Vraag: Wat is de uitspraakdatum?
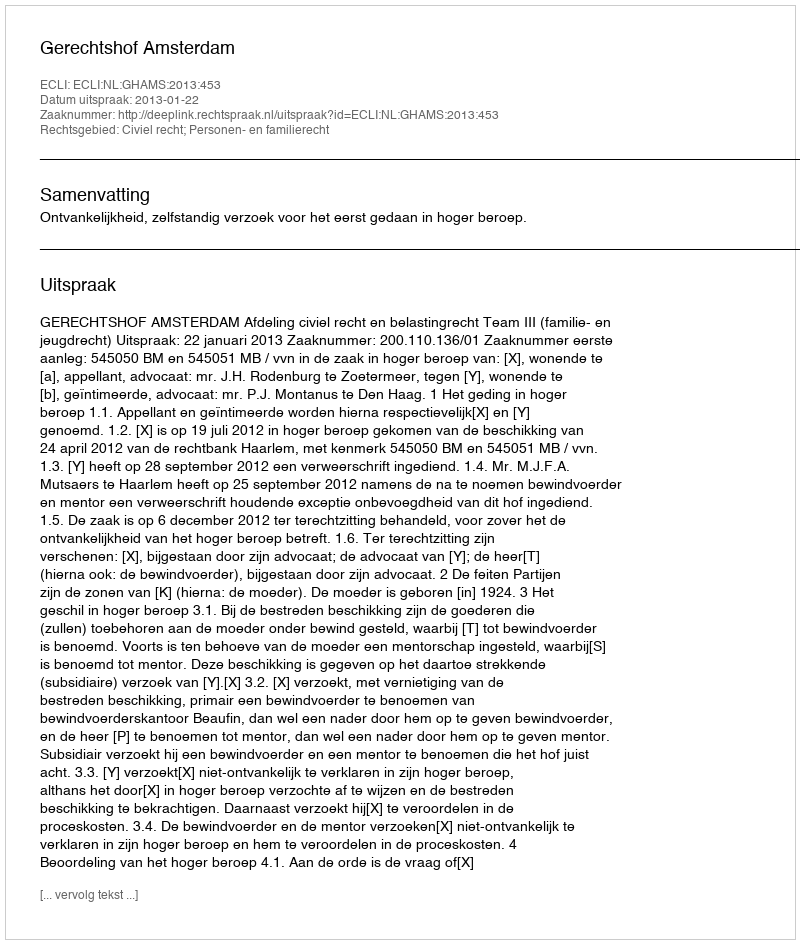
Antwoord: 2013-01-22